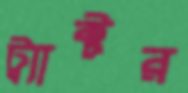
ট্র্যাক্টর